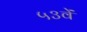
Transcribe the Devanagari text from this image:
५३वें